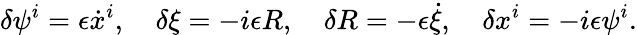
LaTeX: \delta\psi^{i}=\epsilon\dot{x}^{i},\quad\delta\xi=-i\epsilon R,\quad\delta R=-\epsilon\dot{\xi},\quad\delta x^{i}=-i\epsilon\psi^{i}.